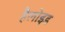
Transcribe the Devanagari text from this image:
हैलोइड